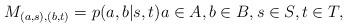
LaTeX: \begin{align*} M_{(a,s), (b,t)} = p(a,b|s,t) a\in A, b \in B, s \in S, t \in T,\end{align*}